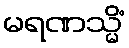
မရဏသ္မိံ